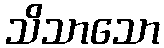
သိသာသော